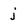
Character: j